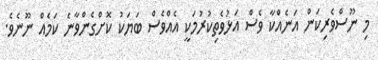
މި ނޫސްވެރިކަން އަނެއްކާ ވެސް އަޅުވެތިކުރުމަކީ އެއްވެސް ބަޔަކު ކޮށްގެންވާނެ ކަމެއް ނޫނެވެ.